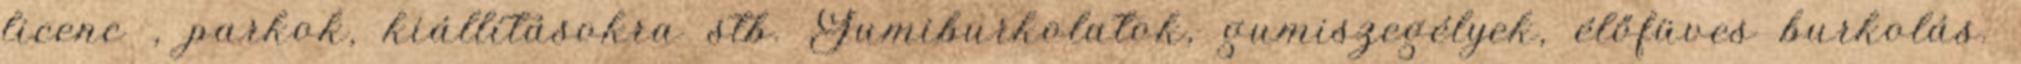
licenc , parkok, kiállításokra stb. Gumiburkolatok, gumiszegélyek, élőfüves burkolás.